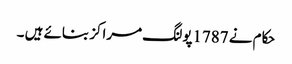
حکام نے 1787پولنگ مراکز بنائے ہیں ۔